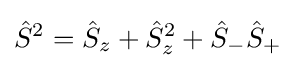
{\hat {S}}^{2}={\hat {S}}_{z}+{\hat {S}}_{z}^{2}+{\hat {S}}_{-}{\hat {S}}_{+}